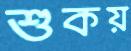
শুকয়